Tezpur Lunatic Asylum reports 1877-1894 - 1877-1894
Year: 1877
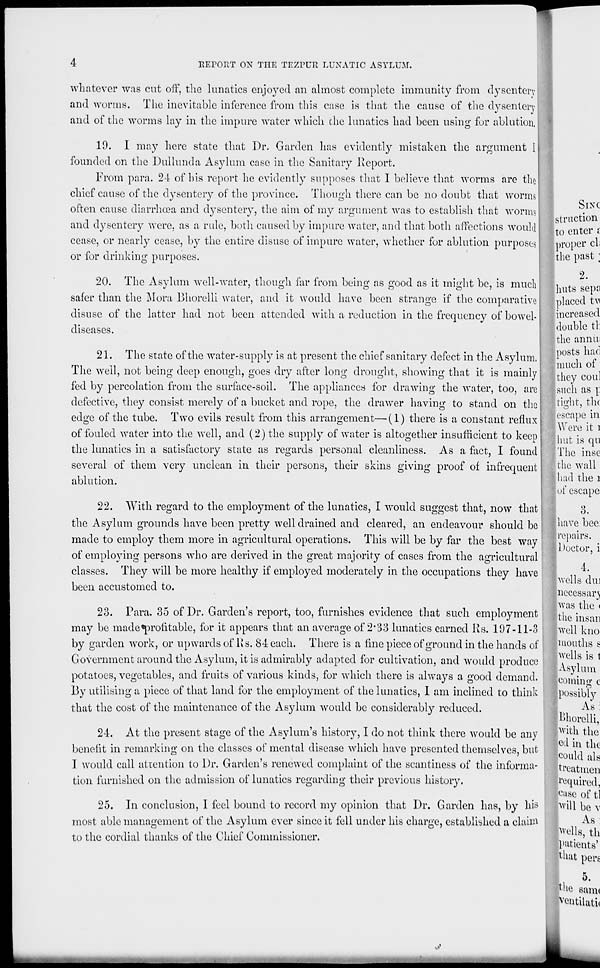
RErOIlT ON THE TEZPUft LUNATIC ASYLUM.
whatever was cut off, the lunatics enjoyed an almost complete immunity from dysentery
and worms. The inevitable inference from this case is that the cause of the dysentery
and of the worms lay in the impure water which die lunatics had been using for ablution,|
19. I may here state that Dr. Garden has evidently mistaken the argument I
founded on the Dullunda Asylum case in the Sanitary Report.
From para. 24 of his report he evidently supposes that I believe that worms are the
chief cause of the dysentery of the province. Though there can be no doubt that worms'
often cause diarrhoea and dysenteiy, the aim of my argument was to establish that worms
and d3'sentery were, as a rule, both caused by impure water, and that both affections would
cease, or nearly cease, by the entire disuse of impure water, whether for ablution purposes
or for drinking purposes.
20. The Asylum well-water, though far from being as good as it might be, is much
safer than the Mora Bhorelli water, and it would have been strange if the comparative
disuse of the latter had not been attended with a reduction in the frequency of bowel-
diseases.
21. The state of the water-supply is at present the chief sanitary defect in the Asylum,
The well, not being deep enough, goes dry after long drought, showing that it is mainly
fed by percolation from the surface-soil. The appliances for drawing the water, too, are
defective, they consist merely of a bucket and rope, the drawer having to stand on the
edge of the tube. Two evils result from this arrangement—(1) there is a constant reflux
of fouled water into the well, and (2) the supply of water is altogether insufficient to keep
the lunatics in a satisfactory state as regards personal cleanliness. As a fact, I found
several of them very unclean in their persons, their skins giving proof of infrequent
ablution.
22. With regard to the employment of the lunatics, I would suggest that, now that
the Asylum grounds have been pretty well drained and cleared, an endeavour should be
made to employ them more in agricultural operations. This will be by far the best way
of employing persons who are derived in the great majority of cases from the agricultural
classes. They will be more healthy if employed moderately in the occupations they have
been accustomed to.
23. Para. 35 of Dr. Garden's report, too, furnishes evidence that such employment
may be made«profitable, for it appears that an average of 2*33 lunatics earned Us. 197-11-3
by garden work, or upwards of Us. 8-1 each. There is a fine piece of ground in the hands of
Government around the Asylum, it is admirably adapted for cultivation, and would produce
potatoes, vegetables, and fruits of various kinds, for which there is always a good demand.
By utilising a piece of that land for the employment of the lunatics, 1 am inclined to think
that the cost of the maintenance of the Asylum would be considerably reduced.
24. At the present stage of the Asylum's history, I do not think there would be any
benefit in remarking on the classes of mental disease which have presented themselves, but
I would call attention to Dr. Garden's renewed complaint of the scantiness of the informa-
tion furnished on the admission of lunatics regarding their previous history.
25. In conclusion, I feel bound to record my opinion that Dr. Garden has, by his
most able management of the Asylum ever since it fell under his charge, established a claim
to the cordial thanks of the Chief Commissioner.
SINC
struction
to enter i
proper cli
the past ;
2.
huts sepa
placed tw
increased
double tl:
the annu;
posts had
much of
they coul
jsuch as p
tight, th(
escape in
Were it I
hut is qn
The inse
the wall
had the l
of escape
o.
liav e bee:
repairs.
I Doctor, i
4.
[wells dm
]necessary
j j was the <
(the insan
well kno
months s
swells is t
Asylum
coming c
possibly
As :
ljhorelli,
[with the
cd in the
could als
treatmen
Squired,
lease of tl
; will be v
As
Wells, th
patients'
that pers
the
5.
sam<
ventilath